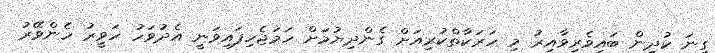
ގިނަ ކުދިން ބައިވެރިވާއިރު މި ހަރަކާތްކުރިއަށް ގެންދިޔުމަށް ހަމަޖެހިފައިވަނީ އެދުވަހު ހަވީރު ހެންވޭރު